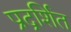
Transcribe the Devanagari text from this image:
प्रद्रर्शित